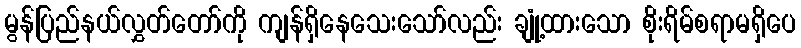
မွန်ပြည်နယ်လွှတ်တော်ကို ကျန်ရှိနေသေးသော်လည်း ချုံ့ထားသော စိုးရိမ်စရာမရှိပေ